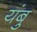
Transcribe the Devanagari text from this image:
यंबु